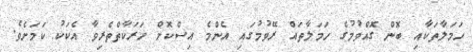
ހަމަލާތަކާއި ބޮން ގޮއްވުމުގެ ހަމަލާތައް ރޭވުމުގައި އެންމެ އިސްކޮށް ހަރަކާތްތެރިވާ އެކަކު ކަމަށެވެ.